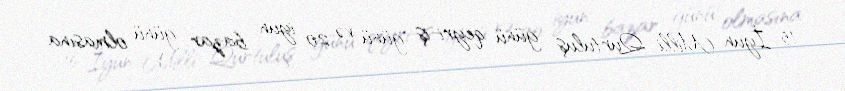
15 İyun Milli Qurtuluş günü qeyri-iş günü və 20 iyun bazar günü olmasına